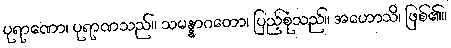
ပုရာဏော၊ ပုရာဏသည်။ သမန္နာဂတော၊ ပြည့်စုံသည်။ အဟောသိ၊ ဖြစ်၏။